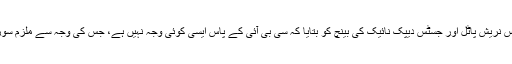
لیکن ایڈیشنل ایڈووکیٹ جنرل انل سنگھ نے جسٹس نریش پاٹل اور جسٹس دیپک نائیک کی بینچ کو بتایا کہ سی بی آئی کے پاس ایسی کوئی وجہ نہیں ہے، جس کی وجہ سے ملزم سورج پنچولی کو بچانے کی کوشش کی جارہی ہو ۔